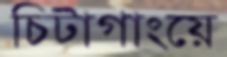
চিটাগাংয়ে